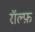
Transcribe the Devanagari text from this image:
रॉल्फ़